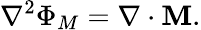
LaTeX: \nabla^{2}\Phi_{M}=\nabla\cdot\mathbf{M}.